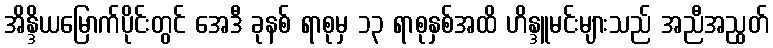
အိန္ဒိယမြောက်ပိုင်းတွင် အေဒီ ခုနစ် ရာစုမှ ၁၃ ရာစုနှစ်အထိ ဟိန္ဒူမင်းများသည် အညီအညွတ်